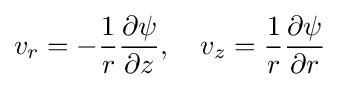
v_{r}=-{\frac {1}{r}}{\frac {\partial \psi }{\partial z}},\quad v_{z}={\frac {1}{r}}{\frac {\partial \psi }{\partial r}}